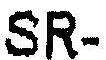
SR-